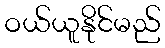
ဝယ်ယူနိုင်မည်